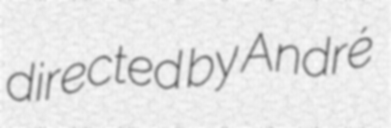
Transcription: directed by André